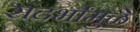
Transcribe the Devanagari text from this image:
संदर्भांमुळे